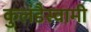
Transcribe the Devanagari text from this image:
कुलंडैस्वामी